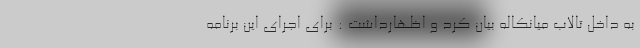
به داخل تالاب میانکاله بیان کرد و اظهارداشت : برای اجرای این برنامه